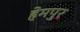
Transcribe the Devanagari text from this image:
हेमपुर